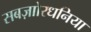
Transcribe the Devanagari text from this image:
सबज़ाोरधनिया